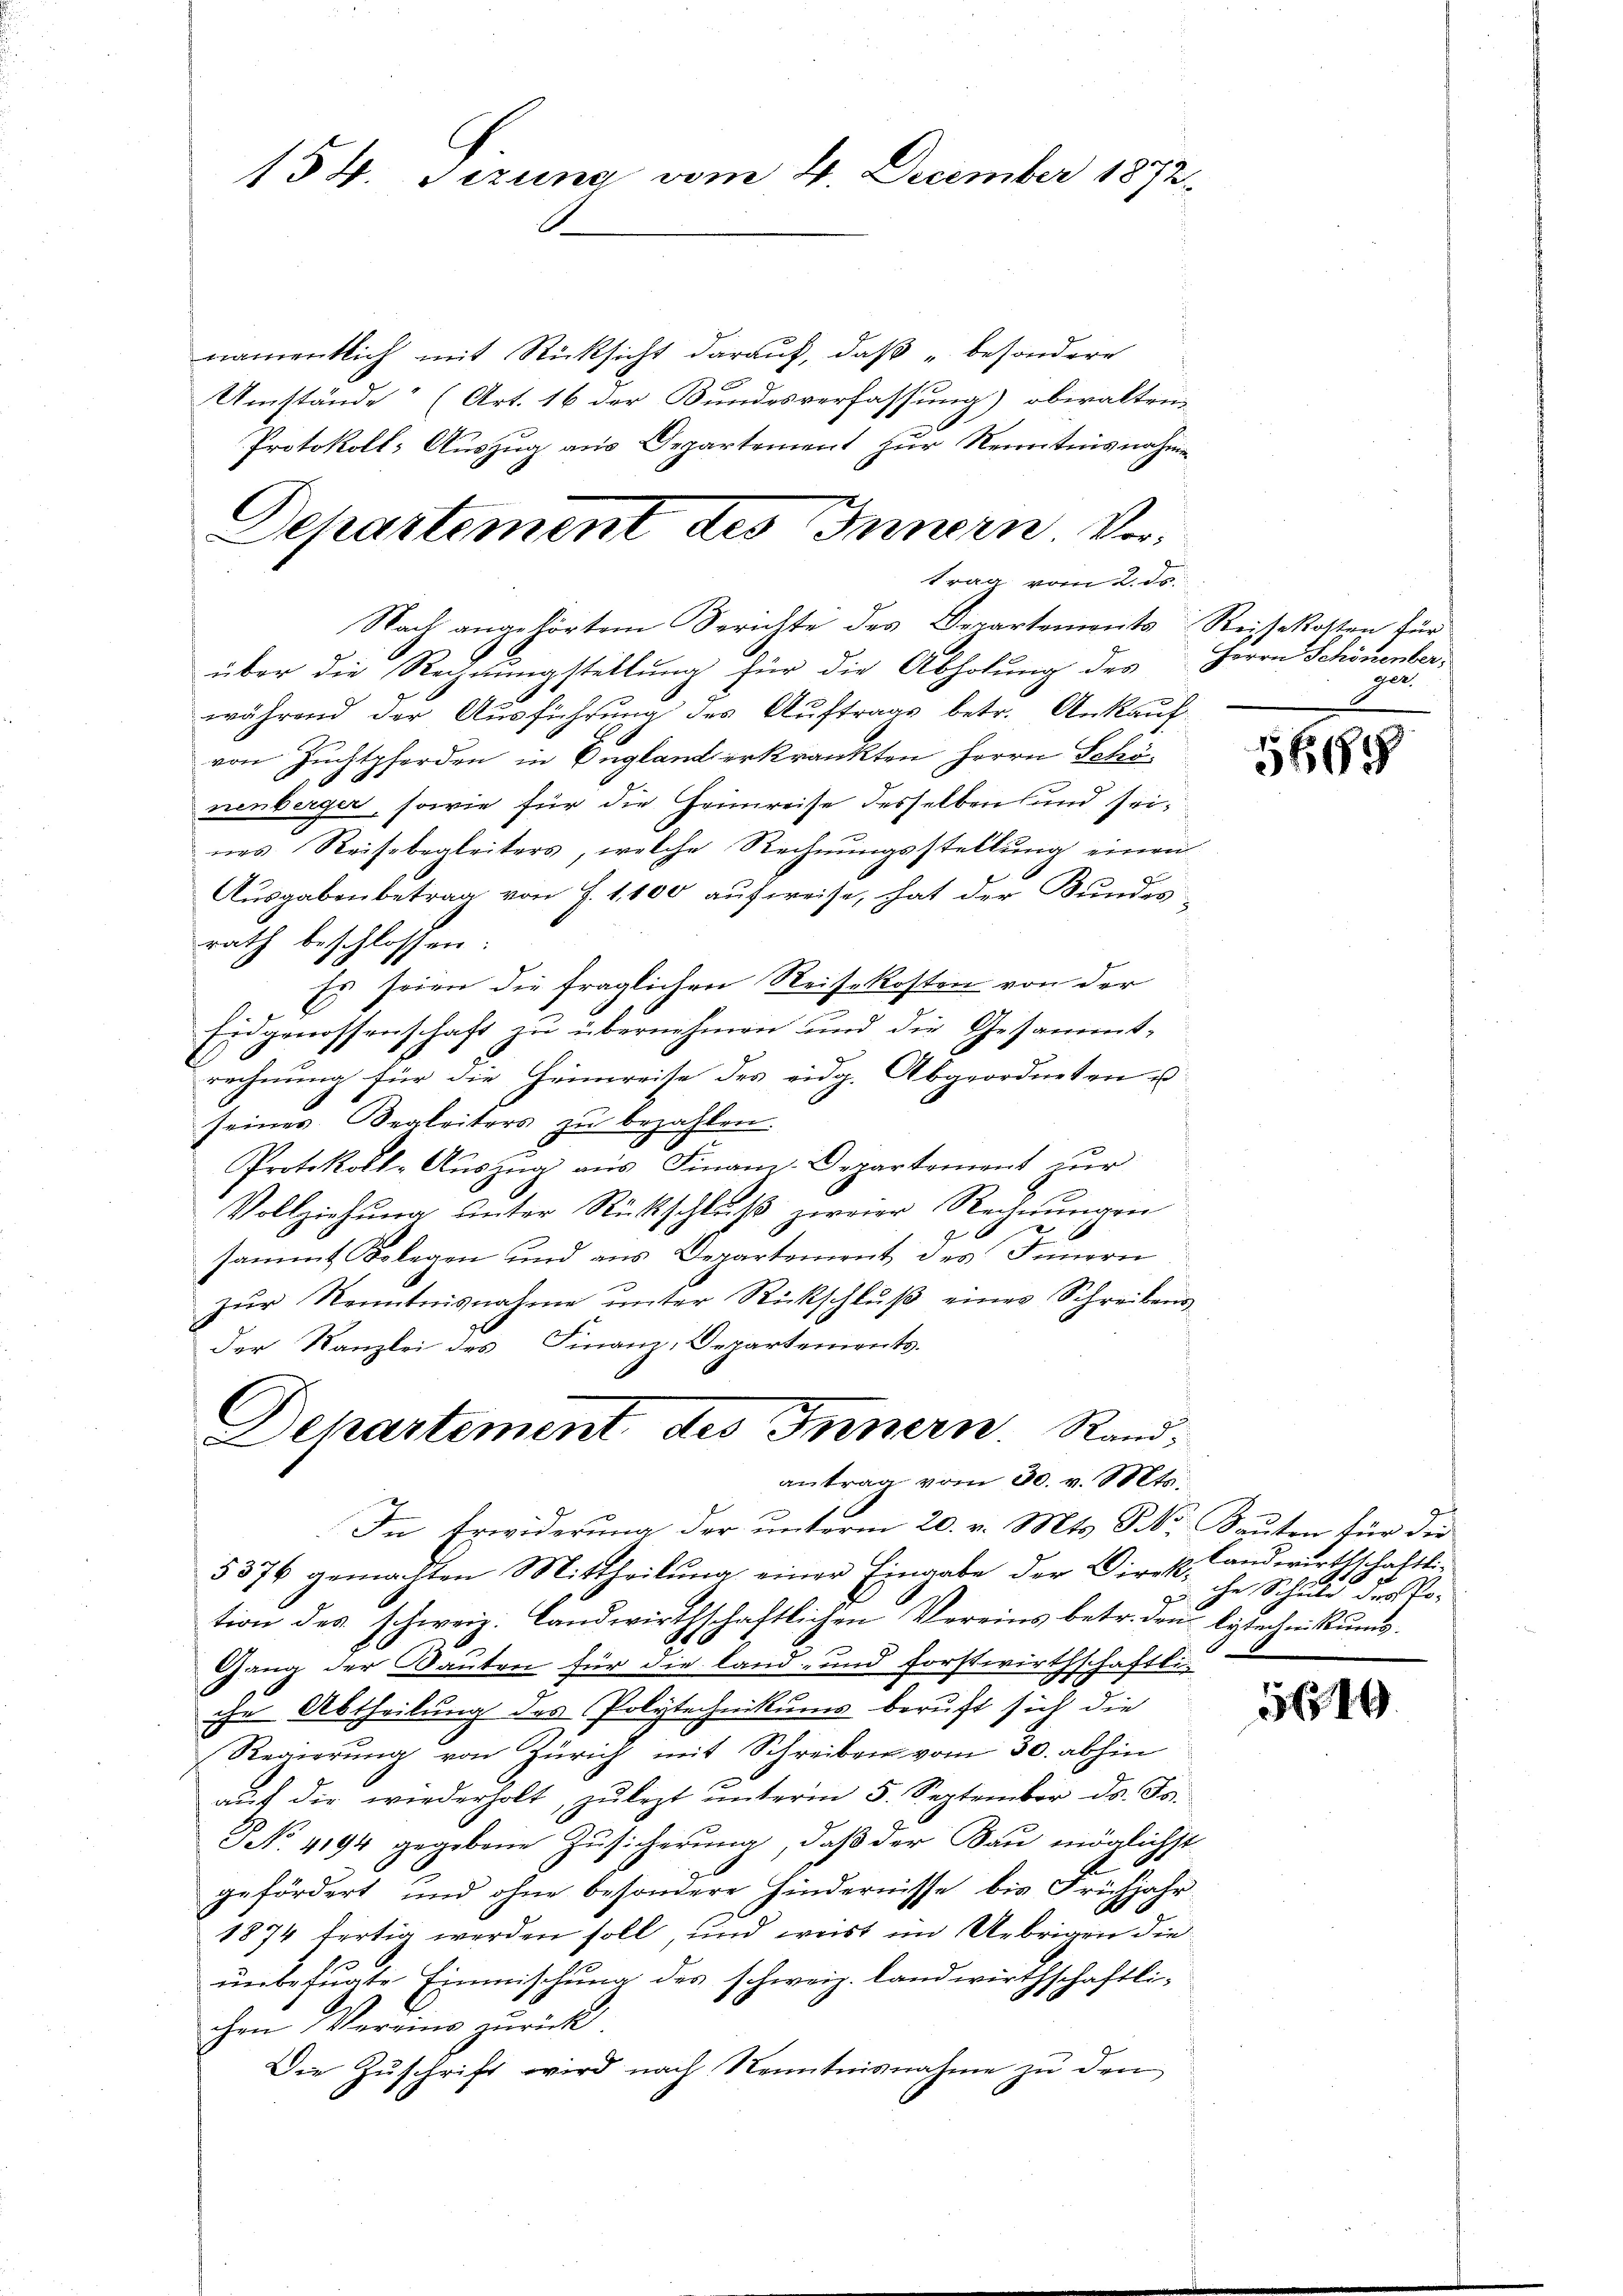
154. Sezung vom 4. December 1872

namentlich mit Rücksicht darauf, daß besondere
Umstände“ (Art. 16 der Bundesverfassung) obwalten,
Protokoll-Auszug aus Departement zur Kenntnisnahmen
trag vom 2. ds.
Nach angehörtem Serichte des Departements Reisekosten für
über die Rechnungstellung für die Abholung des
während der Ausführung des Auftrags betr. Ankaufvon Zuchtpferden in England erkrankten Herrn Schönenberger, sowie für die Heimreise desselben und seines Reisebegleiters, welche Rechnungsstellung einen
Ausgabenbetrag von J. 1,100 aufweise, hat der Bundes-
rath beschlossen:
Es seien die fraglichen Reisekosten von der
Eidgenossenschaft zu übernehmen und die Gesammt-
rechnung für die Heimreise des eidg. Abgeordneten u.
seines Begleiters zu bezahlen.
Protokolle Aŭszŭg aŭs Finanz-Departement zŭr
Vollziehŭng ŭnter Rückschlŭβ zweier Rechnŭngen
6
sammt Belegen und aus Departement des Innern
zŭr Kenntnisnahme ŭnter Rückschlŭβ eines Schreibens
der Kanzlei des Finanz-Departements.

Departement des Innern. Vor¬

Departement des Innern. Rand;
antrag vom 30. v. Mts.

In Erwiderung der unterm 20. v. Mts. S. Sauten für die
5376 gemachten Mittheilŭng einer Eingabe der Direkt landwirthschaftli-
tion des schweiz. Landwirthschaftlichen Vereins betr. den lytechnikums.
Gang der Bauten für die land- und Forstwirthschaftliche Abtheilung des Polytechnikums beruft sich die
Regierung von Zürich mit Schreiben vom 30. abhin
aŭf die wiederholt, zŭ lezt ŭnterm 5. September d. Js.
No. 4194 gegebene Zusicherung, daß der Bau möglichst
A.
gefördert und ohne besondere Hindernisse bis Frühjahr
1874 fertig werden soll und weist im Uebrigen die
unbefugte Einmischung des schweiz. landwirthschaftlichen Vereins zurück.
Die Zŭschrift wird nach Nenntnisnahme zŭ den

Herrn Schönenber,
ger.

5667

che Schuld der Pod

5619